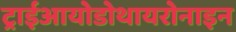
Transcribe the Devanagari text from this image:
ट्राईआयोडोथायरोनाइन